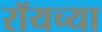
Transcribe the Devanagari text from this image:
रॉयच्या